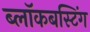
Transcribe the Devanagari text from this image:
ब्लॉकबस्टिंग